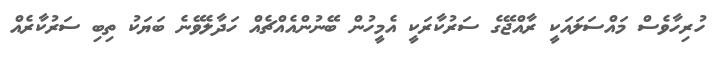
ހުރިހާވެސް މައްސަލައަކީ ރާއްޖޭގެ ސަރުކާރަކީ އެމީހުން ބޭނުންއެއްޗެއް ހަދާލެވޭނެ ބަޔަކު ތިބި ސަރުކާރެއް